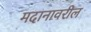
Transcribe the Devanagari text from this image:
मदानावरील